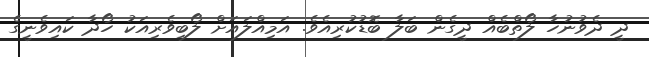
ދީ ދެވުނުހާ ލޯތްބެއް ދީގެން ބަލާ ބޮޑުކުރިއެވެ. އަމިއްލައަށް ލޯބިވެރިއަކު ހޯދާ ކައިވެނީގެ